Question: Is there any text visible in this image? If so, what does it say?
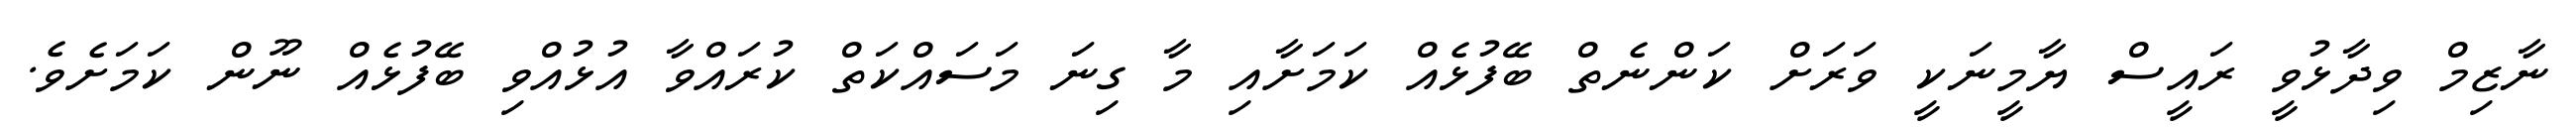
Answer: ނާޒިމް ވިދާޅުވީ ރައީސް ޔާމީނަކީ ވަރަށް ކަންނެތް ބޭފުޅެއް ކަމަށާއި މާ ގިނަ މަސައްކަތް ކުރައްވާ އުޅުއްވި ބޭފުޅެއް ނޫން ކަމަށެވެ.